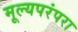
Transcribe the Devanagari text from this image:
मूल्यपरंपरा